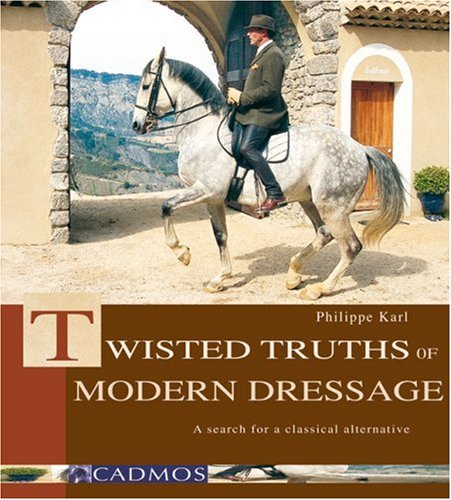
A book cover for Twisted Truths of Modern Dressage: A Search for a Classical Alternative; Philippe Karl; Sports & Outdoors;